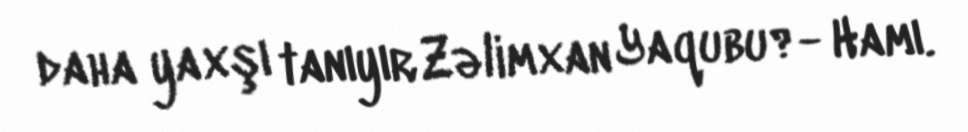
daha yaxşı tanıyır Zəlimxan Yaqubu?- Hamı.